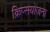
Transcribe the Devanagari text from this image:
क्रिप्सयोजना